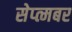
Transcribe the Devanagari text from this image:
सेप्त्मबर